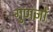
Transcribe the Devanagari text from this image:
गुणज्ञों